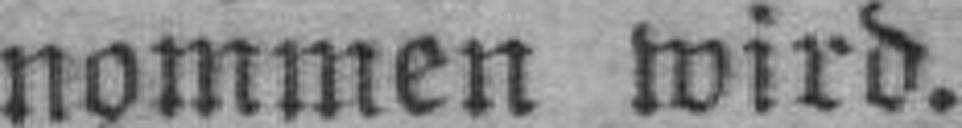
nommen wird.